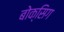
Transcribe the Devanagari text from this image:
बोक्सिग